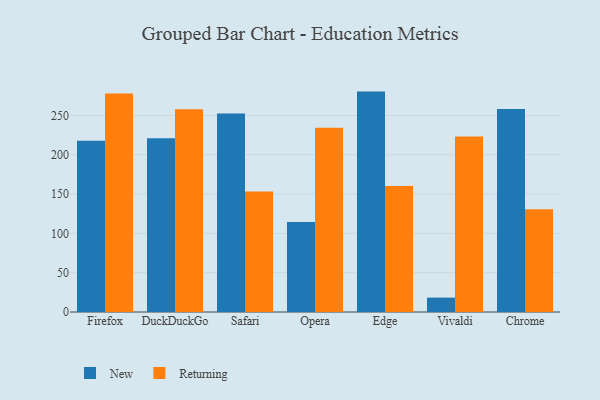
{"axis": {"x": "Browser", "y": "Backlog"}, "legend": ["New", "Returning"], "data": [{"x": "Firefox", "y": 217.7, "type": "New"}, {"x": "Firefox", "y": 278.0, "type": "Returning"}, {"x": "DuckDuckGo", "y": 221.1, "type": "New"}, {"x": "DuckDuckGo", "y": 258.0, "type": "Returning"}, {"x": "Safari", "y": 252.6, "type": "New"}, {"x": "Safari", "y": 153.2, "type": "Returning"}, {"x": "Opera", "y": 114.5, "type": "New"}, {"x": "Opera", "y": 234.3, "type": "Returning"}, {"x": "Edge", "y": 280.3, "type": "New"}, {"x": "Edge", "y": 160.2, "type": "Returning"}, {"x": "Vivaldi", "y": 18.3, "type": "New"}, {"x": "Vivaldi", "y": 223.1, "type": "Returning"}, {"x": "Chrome", "y": 258.1, "type": "New"}, {"x": "Chrome", "y": 130.7, "type": "Returning"}]}